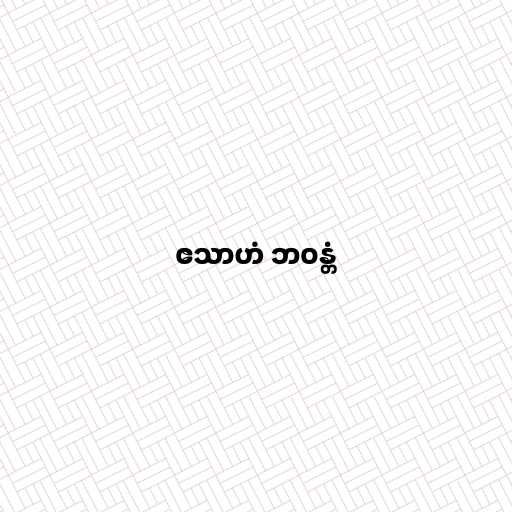
ဧသာဟံ ဘဝန္တံ